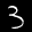
Label: 3